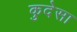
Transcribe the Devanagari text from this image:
कुदेसा